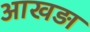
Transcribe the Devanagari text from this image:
आखड़ा